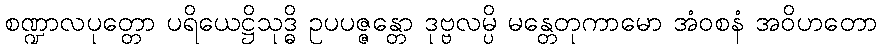
စဏ္ဍာလပုတ္တော ပရိယေဋ္ဌိသုဒ္ဓိ ဥပပဇ္ဇန္တော ဒုဗ္ဗလမ္ပိ မန္တေတုကာမော အံဝစနံ အဝိဟတော